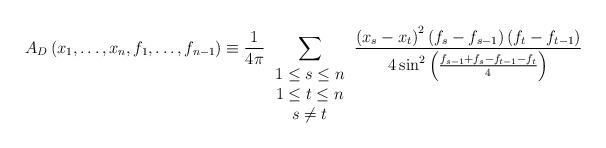
LaTeX: \begin{align*}A_D\left(x_1,\ldots,x_n,f_1,\ldots,f_{n-1}\right)\equiv\frac{1}{4\pi}\sum_{\begin{array}{c}1\leq s\leq n \\ 1\leq t\leq n \\ s\neq t\end{array}}\frac{\left(x_s-x_t\right)^2\left(f_s-f_{s-1}\right)\left(f_t-f_{t-1}\right)}{4\sin^2\left(\frac{f_{s-1}+f_s-f_{t-1}-f_t}{4}\right)}\end{align*}